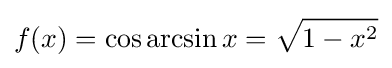
f(x)=\cos \arcsin x={\sqrt {1-x^{2}}}